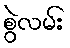
စွဲလမ်း